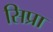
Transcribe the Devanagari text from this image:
सिप्रा